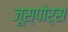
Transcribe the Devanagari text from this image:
जूस्पोर्स